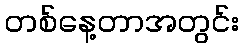
တစ်နေ့တာအတွင်း